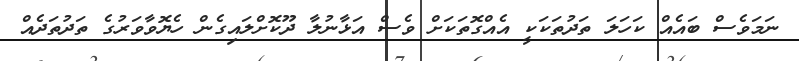
ނަމަވެސް ބައެއް ކަހަލަ ތަދުތަކަކީ އެއްގޮތަކަށް ވެސް އަޅާނުލާ ދޫކޮށްލައިގެން ހެޔޮވާވަރުގެ ތަދުތަދެއް